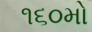
૧૬૦મો